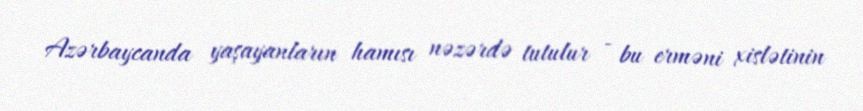
Azərbaycanda yaşayanların hamısı nəzərdə tutulur - bu erməni xislətinin